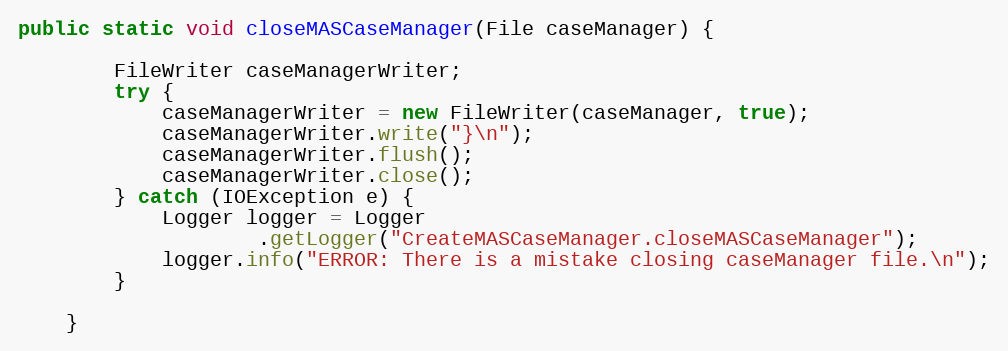
Language: Java
public static void closeMASCaseManager(File caseManager) {

        FileWriter caseManagerWriter;
        try {
            caseManagerWriter = new FileWriter(caseManager, true);
            caseManagerWriter.write("}\n");
            caseManagerWriter.flush();
            caseManagerWriter.close();
        } catch (IOException e) {
            Logger logger = Logger
                    .getLogger("CreateMASCaseManager.closeMASCaseManager");
            logger.info("ERROR: There is a mistake closing caseManager file.\n");
        }

    }